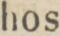
hos